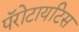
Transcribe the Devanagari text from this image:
पॅरोटायटिस